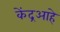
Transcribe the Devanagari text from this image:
केंद्रआहे